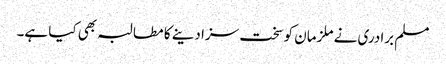
مسلم برادری نے ملزمان کو سخت سزا دینے کا مطالبہ بھی کیا ہے۔